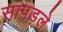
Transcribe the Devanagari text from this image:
सापड़ले